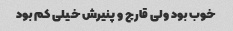
خوب بود ولی قارچ و پنیرش خیلی کم بود